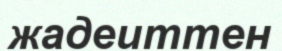
жадеиттен